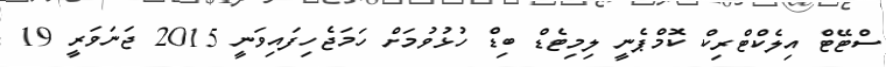
ސްޓޭޓް އިލެކްޓްރިކް ކޮމްޕެނީ ލިމިޓެޑް ބިޑް ހުޅުވުމަށް ހަމަޖެހިފައިވަނީ 2015 ޖަނަވަރީ 19